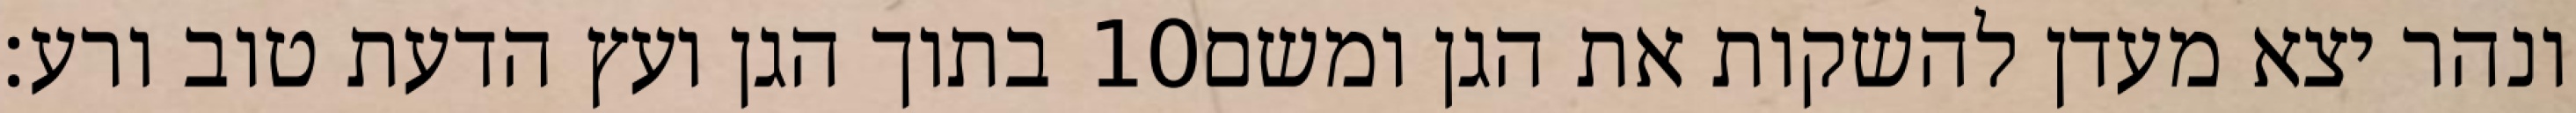
בתוך הגן ועץ הדעת טוב ורע׃ ‎10‏ ונהר יצא מעדן להשקות את הגן ומשם